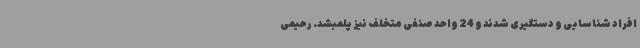
افراد شناسایی و دستگیری شدند و 24 واحد صنفی متخلف نیز پلمبشد. رحیمی